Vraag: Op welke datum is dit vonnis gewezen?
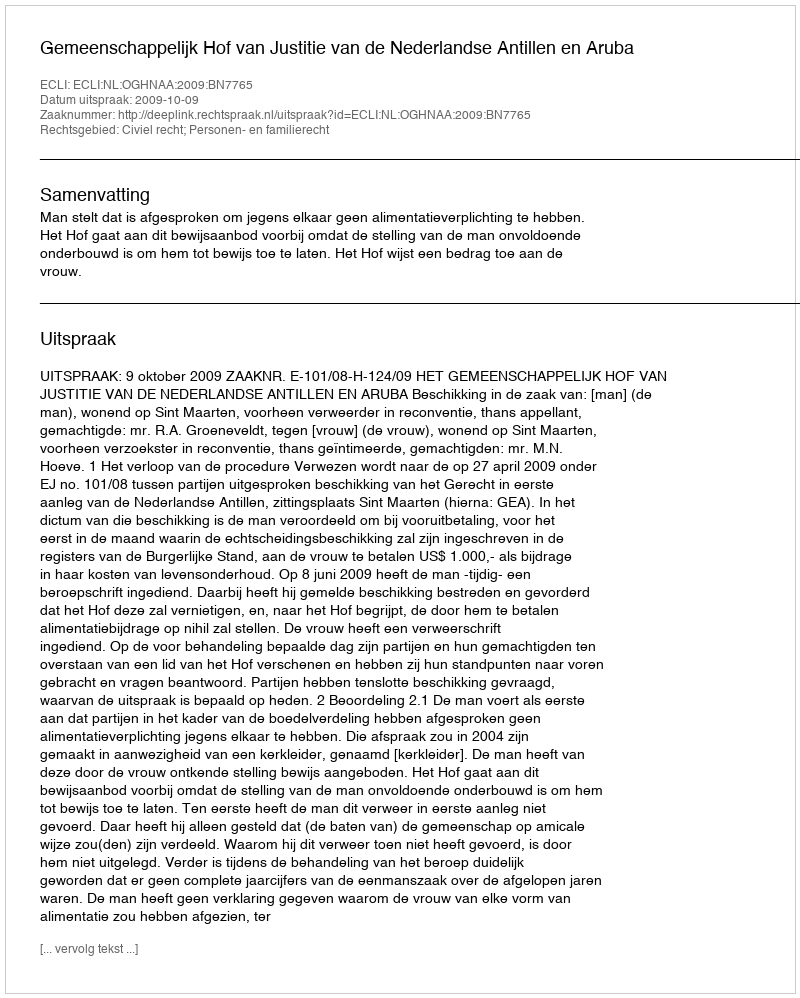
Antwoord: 2009-10-09